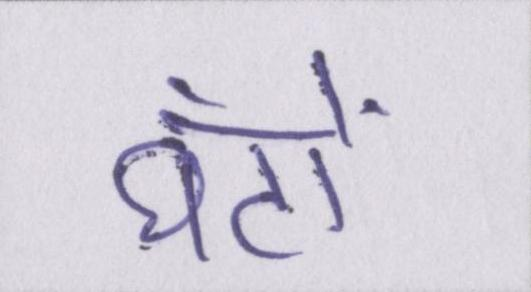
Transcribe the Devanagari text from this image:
घंटों